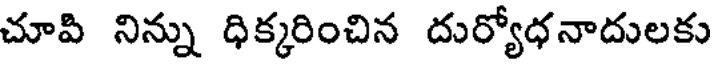
చూవి నిన్ను ధిక్కరించిన దుర్యోధనాదులకు